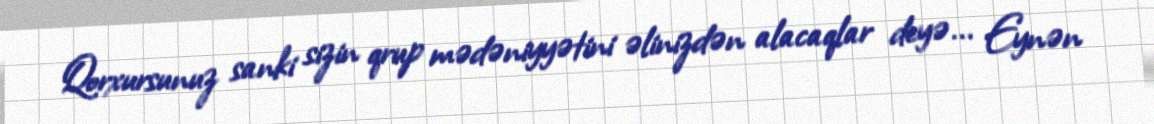
Qorxursunuz sanki sizin qrup mədəniyyətini əlinizdən alacaqlar deyə... Eynən